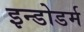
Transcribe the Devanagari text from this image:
इन्डोडर्म